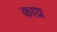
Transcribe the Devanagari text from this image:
काय्र